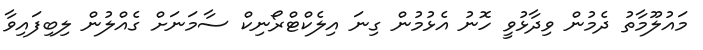
މައުލޫމާތު ދެމުން ވިދާޅުވީ ހޮނު އެޅުމުން ގިނަ އިލެކްޓްރޯނިކް ސާމަނަށް ގެއްލުން ލިބިފައިވާ